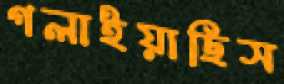
গলাইয়াছিস